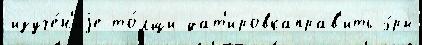
изуче́н'иjе то́лщи дат'ировкаправ'ить э́ры